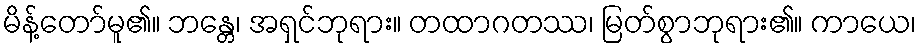
မိန့်တော်မူ၏။ ဘန္တေ၊ အရှင်ဘုရား။ တထာဂတဿ၊ မြတ်စွာဘုရား၏။ ကာယေ၊